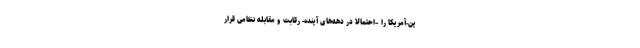
ین-آمریکا را –احتمالاً در دهه‌های آینده- رقابت و مقابله نظامی قرار